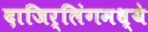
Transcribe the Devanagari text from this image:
दाजिर्लिंगमध्ये